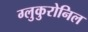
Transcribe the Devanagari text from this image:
ग्लुकुरोनिल